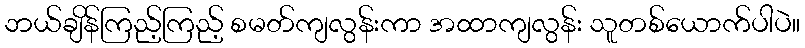
ဘယ်ချိန်ကြည့်ကြည့် စမတ်ကျလွန်းကာ အထာကျလွန်း သူတစ်ယောက်ပါပဲ။